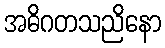
အဓိဂတသညိနော